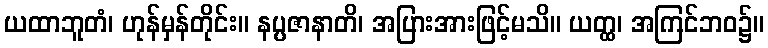
ယထာဘူတံ၊ ဟုန်မှန်တိုင်း။ နပ္ပဇာနာတိ၊ အပြားအားဖြင့်မသိ။ ယတ္ထ၊ အကြင်ဘဝ၌။